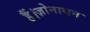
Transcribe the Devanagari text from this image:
हैं।ज़ोनाथन